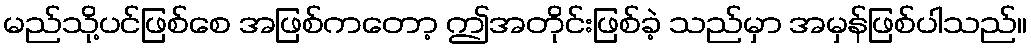
မည်သို့ပင်ဖြစ်စေ အဖြစ်ကတော့ ဤအတိုင်းဖြစ်ခဲ့ သည်မှာ အမှန်ဖြစ်ပါသည်။